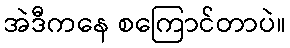
အဲဒီကနေ စကြောင်တာပဲ။